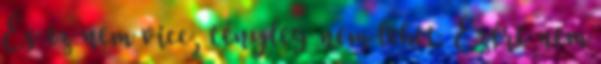
És ez nem vicc, tényleg nem lehet. Ezért nem